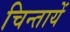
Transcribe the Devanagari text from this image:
चिन्तायें